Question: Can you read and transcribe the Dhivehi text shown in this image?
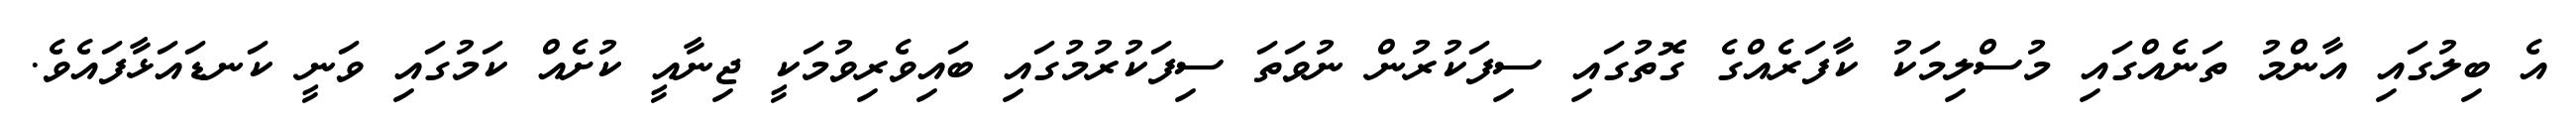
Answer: އެ ބިލުގައި އާންމު ތަނެއްގައި މުސްލިމަކު ކާފަރެއްގެ ގޮތުގައި ސިފަކުރުން ނުވަތަ ސިފަކުރުމުގައި ބައިވެރިވުމަކީ ޖިނާއީ ކުށެއް ކަމުގައި ވަނީ ކަނޑައަޅާފައެވެ.